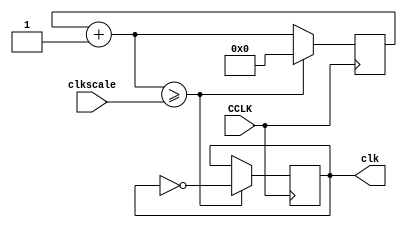
module clock(
    input CCLK,
    input [31:0] clkscale, 
    output reg clk
);
// code taken directly from handout.
reg [31:0] clkq=0;

always@(posedge CCLK)
    begin 
        clkq=clkq+1;
            if (clkq>=clkscale)
            
                begin
                    clk=~clk;
                    clkq=0;
                end 
   end
endmodule